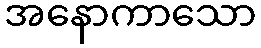
အနောကာသော